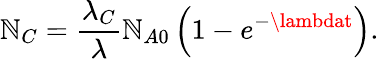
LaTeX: \mathbb{N}_{C}={\frac{{\lambda_{C}}}{{\lambda}}}\mathbb{N}_{A0}\left(1-e^{-\lambdat}\right).